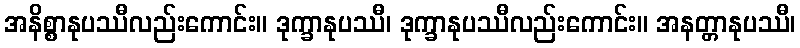
အနိစ္စာနုပဿီလည်းကောင်း။ ဒုက္ခာနုပဿီ၊ ဒုက္ခာနုပဿီလည်းကောင်း။ အနတ္တာနုပဿီ၊